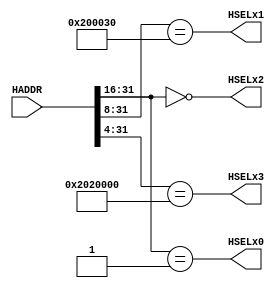
module decoder (
    input  wire [31:0] HADDR,

    output reg HSELx0,
    output reg HSELx1,
    output reg HSELx2,
    output reg HSELx3

);
  // Decode based on most significant bits of the address
localparam SLAVE_RAM=16'h0000 ;   //64KROM  at 0x00000000 - 0x0000FFFF
localparam SLAVE_ROM=16'h0001;  // 128KB RAM at 0x00010000 - 0x003FFFFF
localparam SLAVE_GPIO=28'h2020000;//GPIO   at 0x20200000 - 0x2020000F
localparam SLAVE_TIMER=24'h200030;// Timer  at 0x20003000 - 0x2000301B

always @(*) begin
    HSELx0=(HADDR[31:16] ==SLAVE_ROM);
    HSELx1=(HADDR[31:8]  == SLAVE_TIMER);
    HSELx2=(HADDR[31:16] == SLAVE_RAM);
    HSELx3=(HADDR[31:4]  == SLAVE_GPIO);
end
endmodule